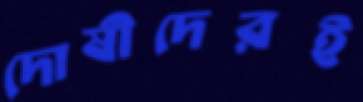
দোষীদেরই